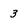
Character: 3